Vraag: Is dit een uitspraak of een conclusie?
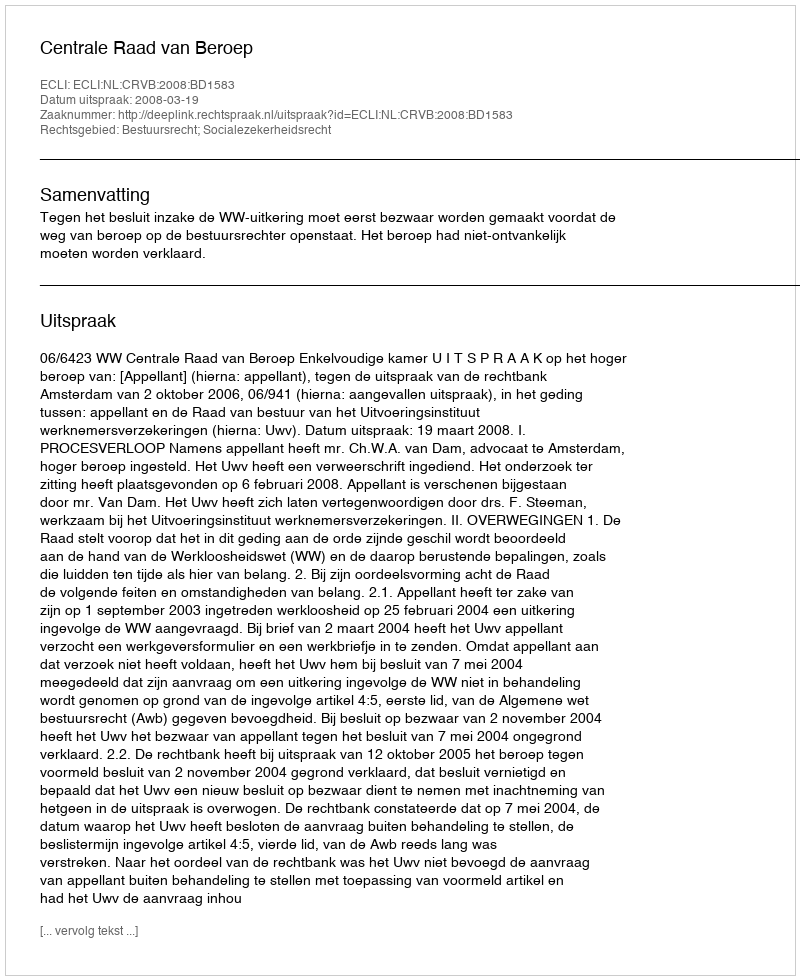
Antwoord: Uitspraak